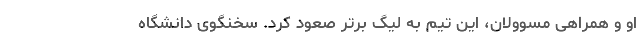
او و همراهی مسوولان، این تیم به لیگ برتر صعود کرد. سخنگوی دانشگاه